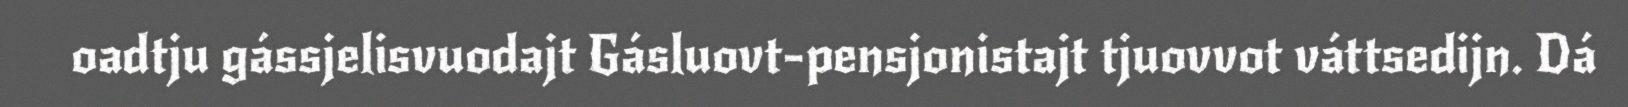
oadtju gássjelisvuodajt Gásluovt-pensjonistajt tjuovvot váttsedijn. Dá